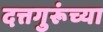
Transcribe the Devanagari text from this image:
दत्तगुरूंच्या